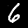
Digit: 6